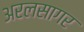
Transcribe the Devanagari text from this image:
अरलसागर